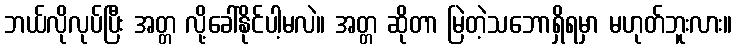
ဘယ်လိုလုပ်ပြီး အတ္တ လို့ခေါ်နိုင်ပါ့မလဲ။ အတ္တ ဆိုတာ မြဲတဲ့သဘောရှိရမှာ မဟုတ်ဘူးလား။